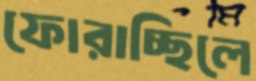
ফোরাচ্ছিলে